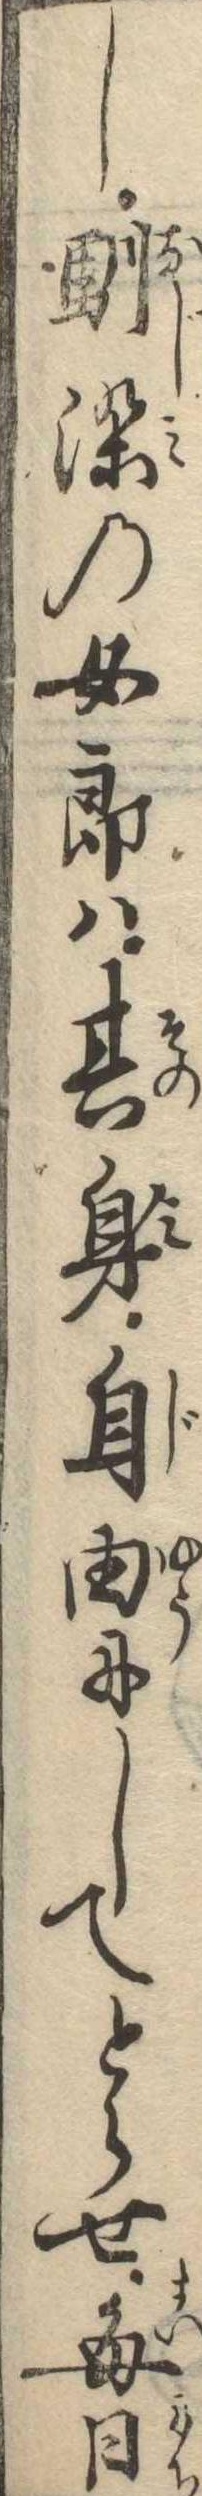
し馴染の女郎は其身自由にしてとらせ毎日